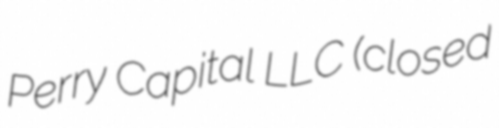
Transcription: Perry Capital LLC (closed